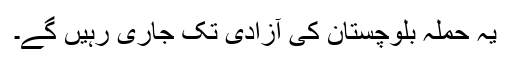
یہ حملہ بلوچستان کی آزادی تک جاری رہیں گے۔